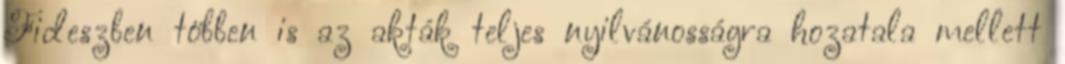
Fideszben többen is az akták teljes nyilvánosságra hozatala mellett